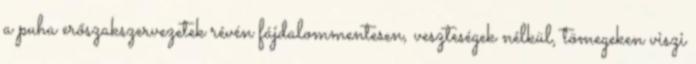
a puha erőszakszervezetek révén fájdalom­men­te­sen, veszteségek nélkül, tömegeken viszi